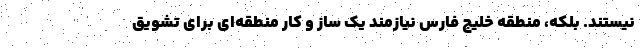
نیستند. بلکه، منطقه خلیج فارس نیازمند یک ساز و کار منطقه‌ای برای تشویق